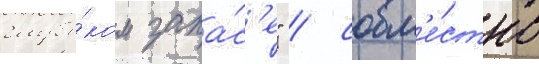
глубо́ком запа́с'е" / совм'е́стно